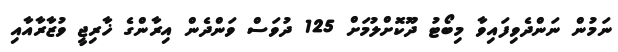
ނަމުން ނަންދެވިފައިވާ މިބޯޓު ދޫކޮށްލުމަށް 125 ދުވަސް ވަންދެން އިރާންގެ ޚާރިޖީ ވުޒާރާއާއި